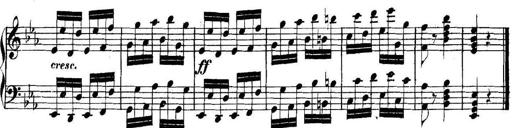
Title: Collected Piano Sonatas
Composer: Muzio Clementi